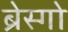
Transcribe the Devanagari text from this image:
ब्रेस्गो